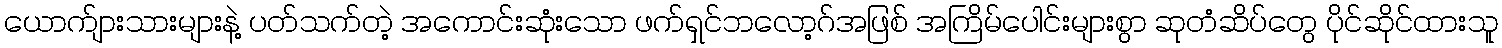
ယောက်ျားသားများနဲ့ ပတ်သက်တဲ့ အကောင်းဆုံးသော ဖက်ရှင်ဘလော့ဂ်အဖြစ် အကြိမ်ပေါင်းများစွာ ဆုတံဆိပ်တွေ ပိုင်ဆိုင်ထားသူ